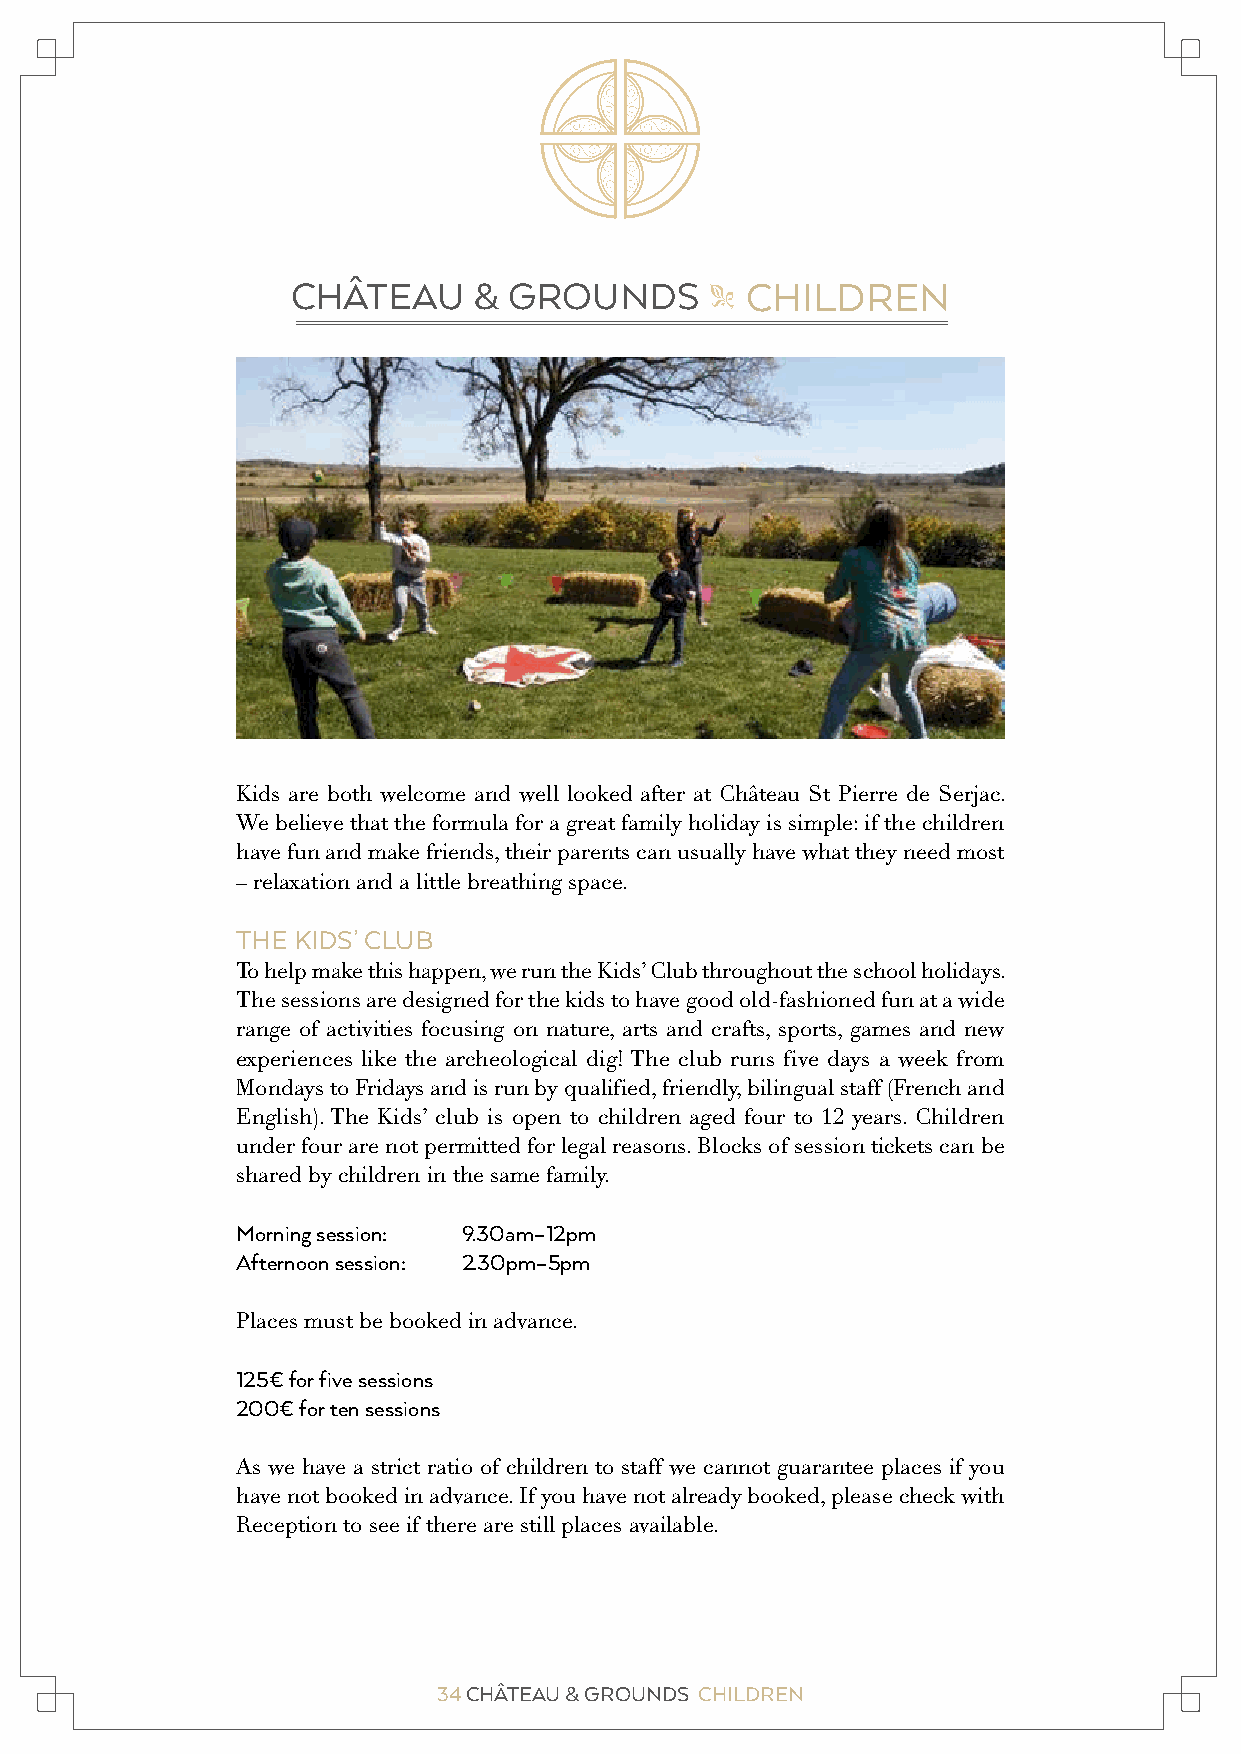
CHÂTEAU     &  GROUNDS        CHILDREN
 "
 Kids are both welcome and well looked after at Château St Pierre de Serjac.
 We believe that the formula for a great family holiday is simple: if the children
 have fun and make friends, their parents can usually have what they need most
 – relaxation and a little breathing space.
 THE KIDS’ CLUB
 To help make this happen, we run the Kids’ Club throughout the school holidays.
 The sessions are designed for the kids to have good old-fashioned fun at a wide
 range of activities focusing on nature, arts and crafts, sports, games and new
 experiences like the archeological dig! The club runs five days a week from
 Mondays to Fridays and is run by qualified, friendly, bilingual staff (French and
 English). The Kids’ club is open to children aged four to 12 years. Children
 under four are not permitted for legal reasons. Blocks of session tickets can be
 shared by children in the same family.
 Morning session: 9.30am–12pm
 Afternoon session: 2.30pm–5pm
 Places must be booked in advance.
 125€ for five sessions
 200€ for ten sessions
 As we have a strict ratio of children to staff we cannot guarantee places if you
 have not booked in advance. If you have not already booked, please check with
 Reception to see if there are still places available.
 34 CHÂTEAU & GROUNDS CHILDREN